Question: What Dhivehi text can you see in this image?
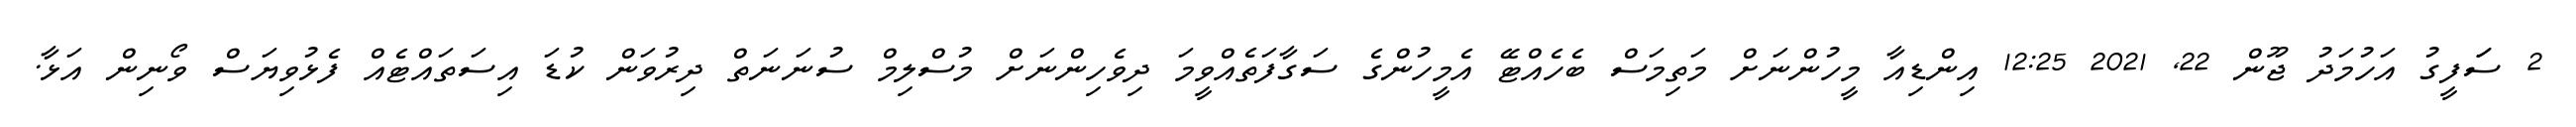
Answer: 2 ސަަފީގު އަހުމަދު ޖޫން 22, 2021 12:25 އިންޑިއާ މީހުންނަށް މަތިމަސް ބެހެއްޓޭ އެމީހުންގެ ސަގާފަތެއްވީމަ ދިވެހިންނަށް މުސްލިމް ސުނަނަތް ދިރުވަން ކުޑަ އިސަތައްޓެއް ފެޅުވިޔަސް ވޯނިން އަޅާ.